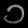
Digit: ၁